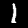
Digit: 1